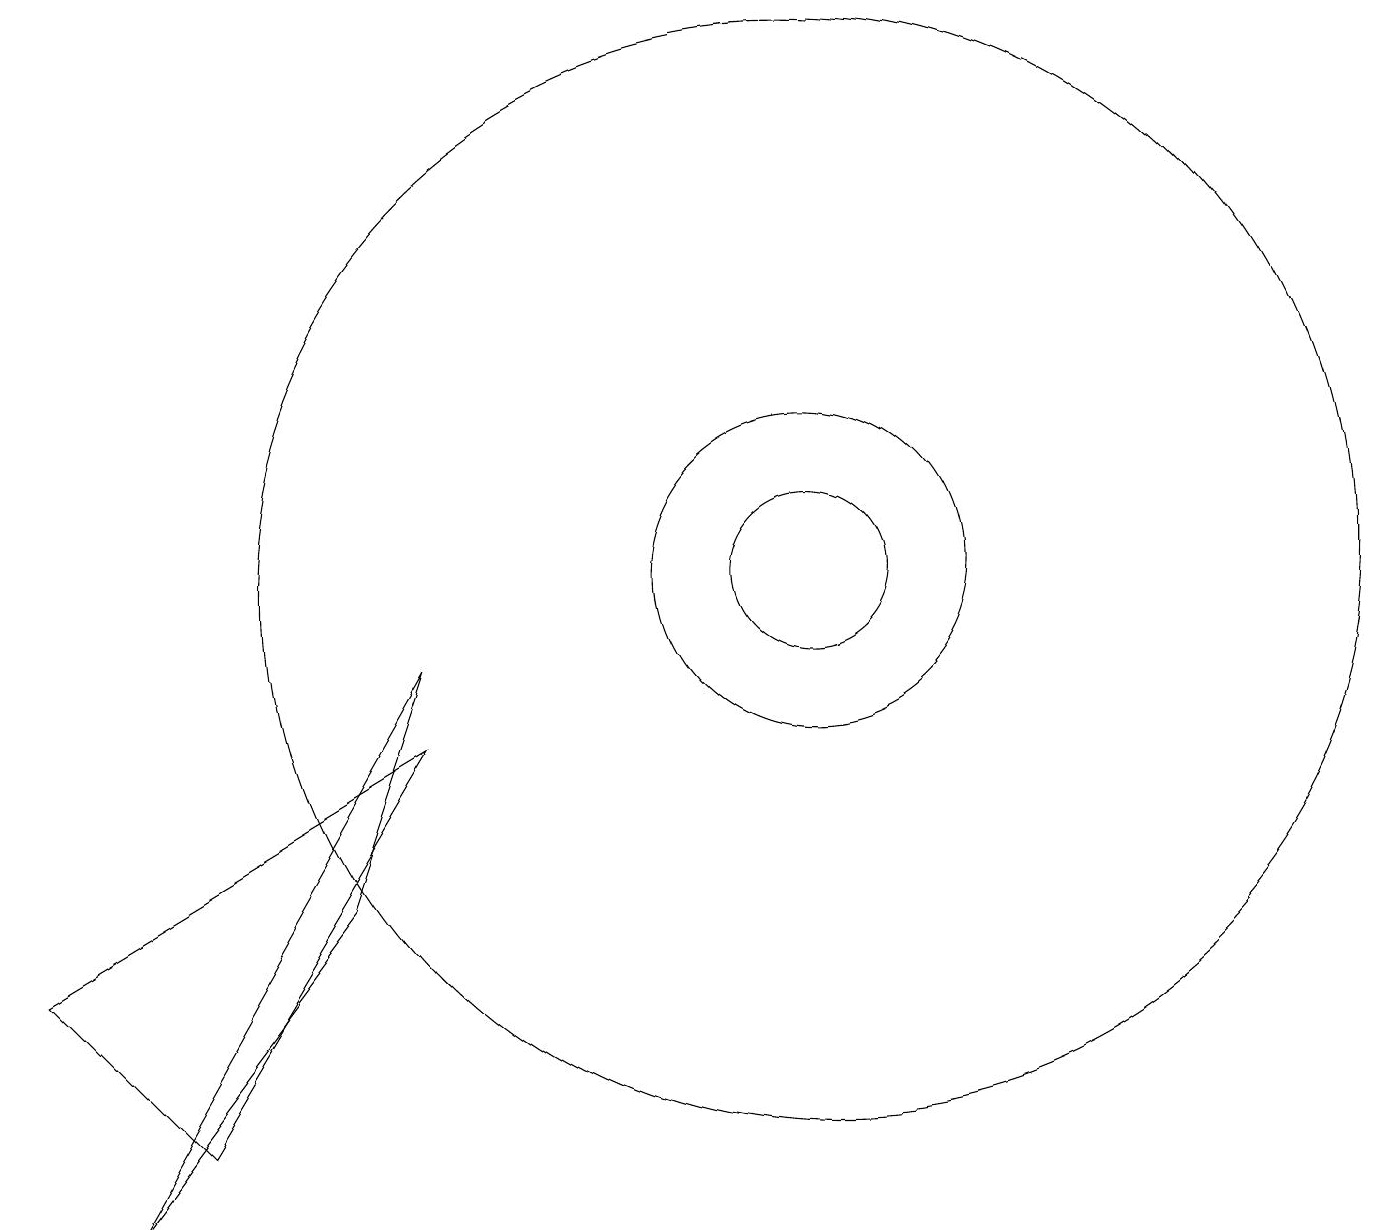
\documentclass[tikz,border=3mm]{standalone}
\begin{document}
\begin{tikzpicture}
\draw (10,10) circle (7);
\draw (4,6) -- (5,9) -- (1,2) -- cycle;
\draw (10,10) circle (2);
\draw (10,10) circle (1);
\draw (0,5) -- (5,8) -- (2,3) -- cycle;
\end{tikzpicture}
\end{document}